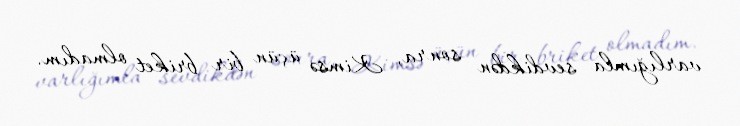
varlığımla sevdikdən sonra, Kimsə üçün bir briket olmadım.